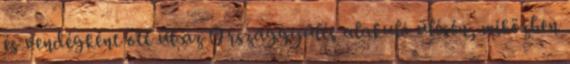
és vendégként ott ül az Országgyűlés alakuló ülésén, miközben